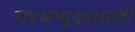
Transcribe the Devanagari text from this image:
राष्टअभ्युदयासाठी